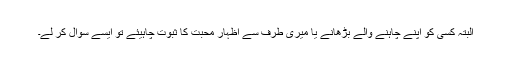
البتہ کسی کو اپنے چاہنے والے بڑھانے یا میری طرف سے اظہارِ محبت کا ثبوت چاہیئے تو ایسے سوال کر لے۔